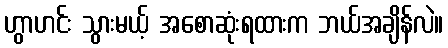
ဟွာဟင်း သွားမယ့် အစောဆုံးရထားက ဘယ်အချိန်လဲ။